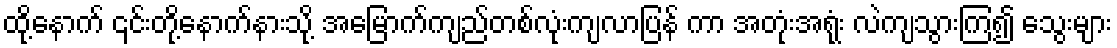
ထို့နောက် ၎င်းတို့နောက်နားသို့ အမြောက်ကျည်တစ်လုံးကျလာပြန် ကာ အတုံးအရုံး လဲကျသွားကြ၍ သွေးများ